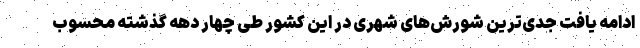
ادامه یافت جدی‌ترین شورش‌های شهری در این کشور طی چهار دهه گذشته محسوب